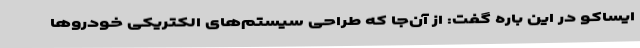
ایساکو در این باره گفت: از آن‌جا که طراحی سیستم‌های الکتریکی خودروها